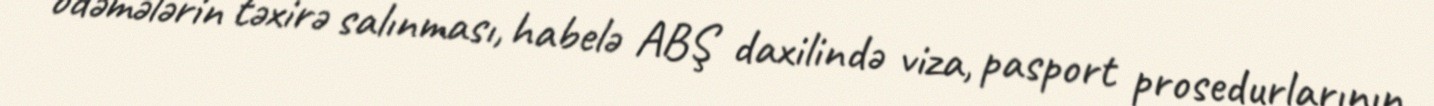
ödəmələrin təxirə salınması, habelə ABŞ daxilində viza, pasport prosedurlarının